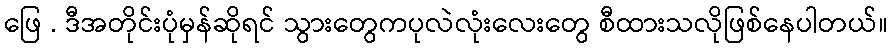
ဖြေ . ဒီအတိုင်းပုံမှန်ဆိုရင် သွားတွေကပုလဲလုံးလေးတွေ စီထားသလိုဖြစ်နေပါတယ်။